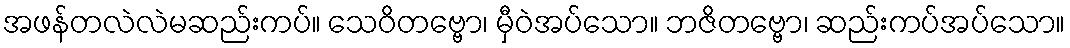
အဖန်တလဲလဲမဆည်းကပ်။ သေဝိတဗ္ဗော၊ မှီဝဲအပ်သော။ ဘဇိတဗ္ဗော၊ ဆည်းကပ်အပ်သော။